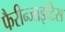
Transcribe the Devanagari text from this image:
फैरीन्जाइटिस